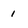
Character: 1